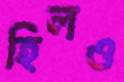
হিলও